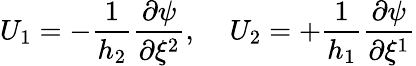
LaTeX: U_{1}=-\frac{1}{h_{2}}\frac{\partial\psi}{\partial\xi^{2}},\; \; \; \; U_{2}=+\frac{1}{h_{1}}\frac{\partial\psi}{\partial\xi^{1}}